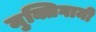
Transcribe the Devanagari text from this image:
मुक्तिगामी